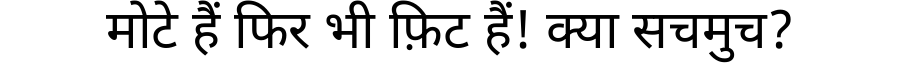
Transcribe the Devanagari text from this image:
मोटे हैं फिर भी फ़िट हैं! क्या सचमुच?